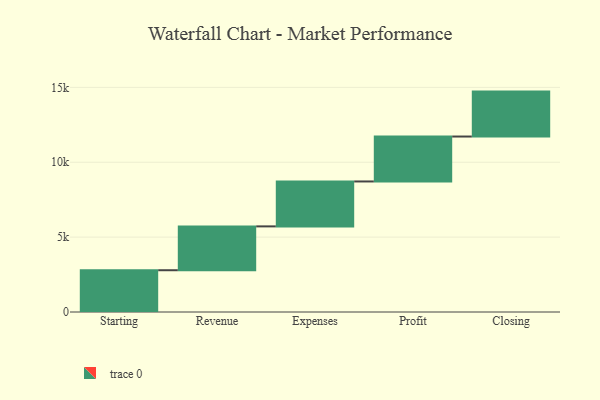
{"axis": {"x": "Step", "y": "Value"}, "legend": [""], "data": [{"x": "Starting", "y": 2789.0, "type": ""}, {"x": "Revenue", "y": 2928.0, "type": ""}, {"x": "Expenses", "y": 3000, "type": ""}, {"x": "Profit", "y": 3000, "type": ""}, {"x": "Closing", "y": 3000, "type": ""}]}